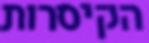
הקיסרות